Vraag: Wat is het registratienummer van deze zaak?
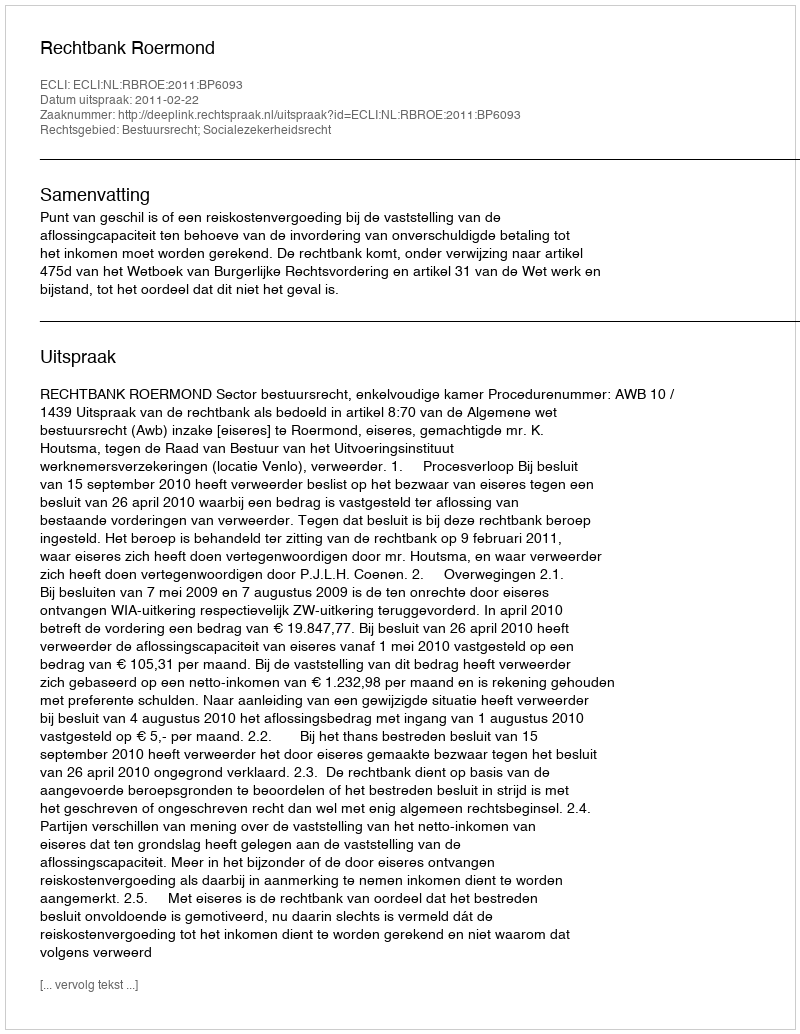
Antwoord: http://deeplink.rechtspraak.nl/uitspraak?id=ECLI:NL:RBROE:2011:BP6093